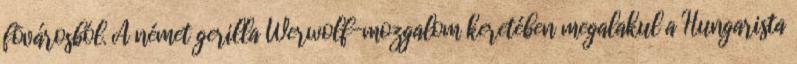
fõvárosból. A német gerilla Werwolf-mozgalom keretében megalakul a Hungarista